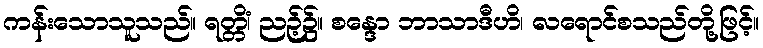
ကန်းသောသူသည်။ ရတ္တိံ၊ ညဉ့်၌။ စန္ဒော ဘာသာဒီဟိ၊ လရောင်စသည်တို့ဖြင့်။